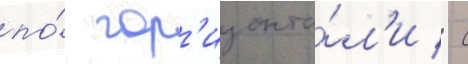
по́ гор'изонта́л'и / с